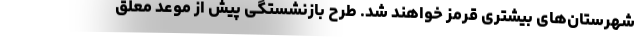
شهرستان‌های بیشتری قرمز خواهند شد. طرح بازنشستگی پیش از موعد معلق